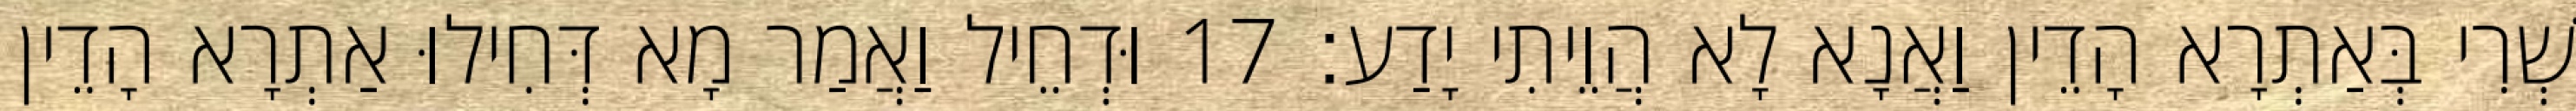
שְׁרִי בְּאַתְרָא הָדֵין וַאֲנָא לָא הֲוֵיתִי יָדַע׃ 17 וּדְחֵיל וַאֲמַר מָא דְּחִילוּ אַתְרָא הָדֵין